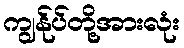
ကျွန်ုပ်တို့အားလုံး